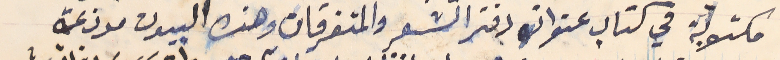
مكتوبة في كتاب عنوانه دفتر الشعر والمتفرقات وهذه البيوت موزعة